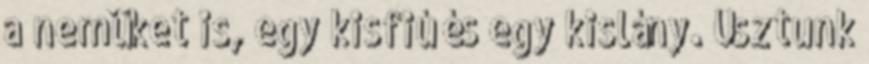
a nemüket is, egy kisfiú és egy kislány. Úsztunk